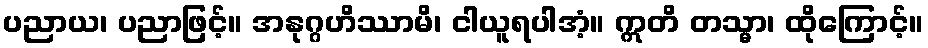
ပညာယ၊ ပညာဖြင့်။ အနုဂ္ဂဟိဿာမိ၊ ငါယူရပါအံ့။ ဣတိ တသ္မာ၊ ထိုကြောင့်။